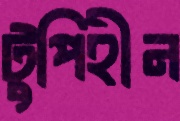
টুপিহীন